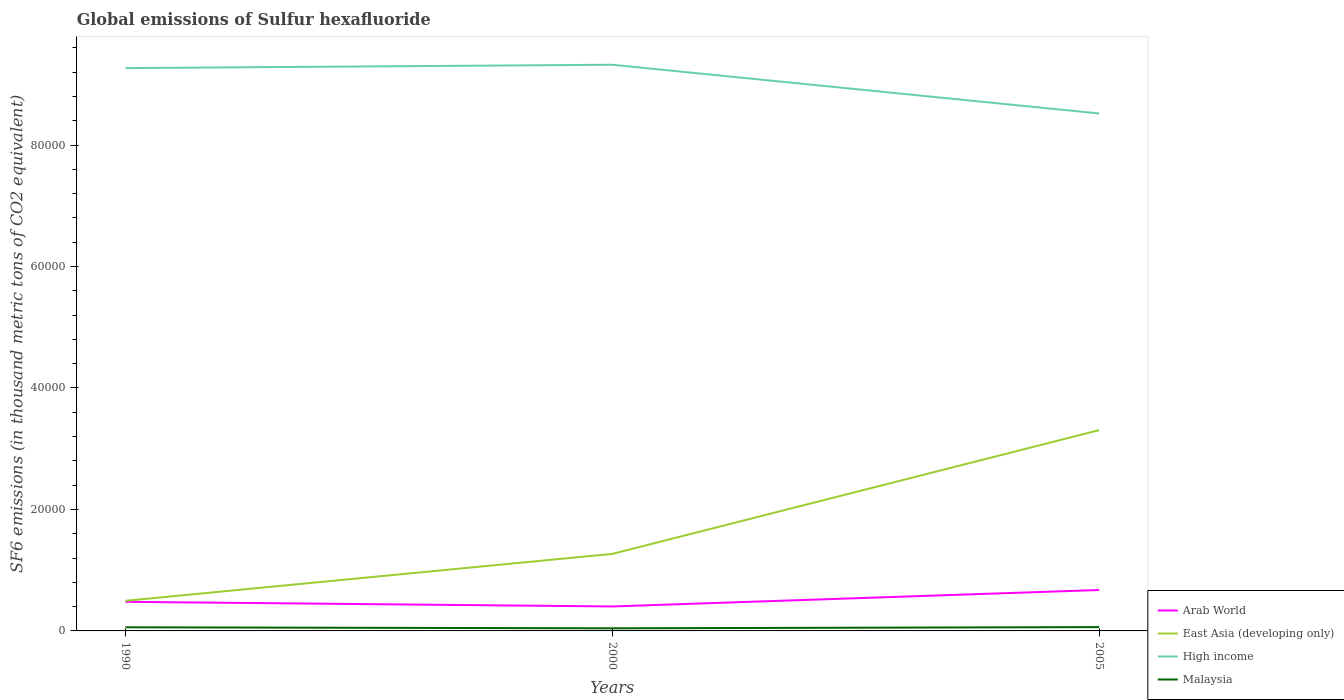
| Years | Arab World | East Asia (developing only) | High income | Malaysia |
 | --- | --- | --- | --- | --- |
 | 1990 | 4.79e+03 | 4.96e+03 | 9.27e+04 | 597 |
 | 2000 | 4.03e+03 | 1.27e+04 | 9.32e+04 | 429 |
 | 2005 | 6.74e+03 | 3.31e+04 | 8.52e+04 | 627 |